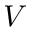
V